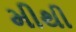
મીથી